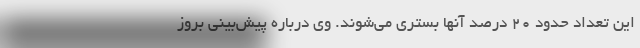
این تعداد حدود ۲۰ درصد آنها بستری می‌شوند. وی درباره پیش‌بینی بروز